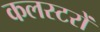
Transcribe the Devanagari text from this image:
कलस्टरों